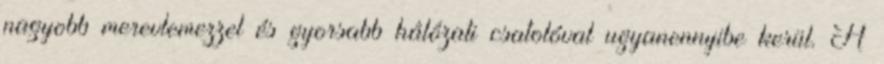
nagyobb merevlemezzel és gyorsabb hálózati csatolóval ugyanennyibe kerül. A